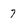
Character: 7